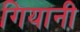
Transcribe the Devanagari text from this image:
गियानी